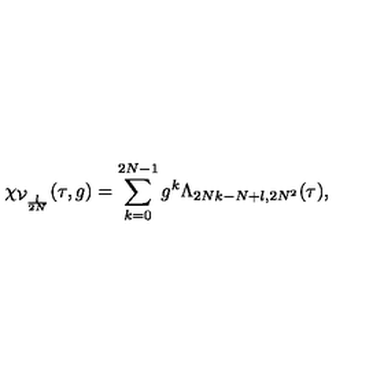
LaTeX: \chi _ { \mathcal { V } _ { \frac { l } { 2 N } } } ( \tau , g ) = \sum _ { k = 0 } ^ { 2 N - 1 } g ^ { k } \Lambda _ { 2 N k - N + l , 2 N ^ { 2 } } ( \tau ) ,